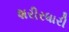
શરીરધારી